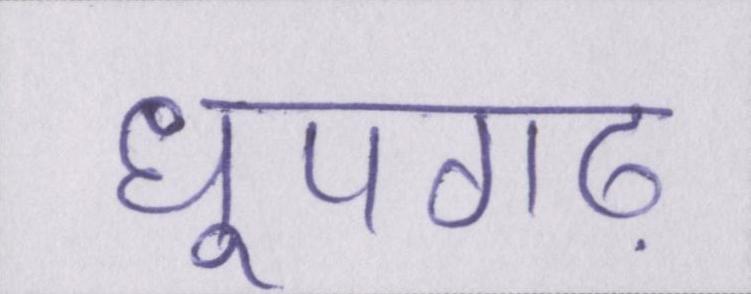
धूपगढ़